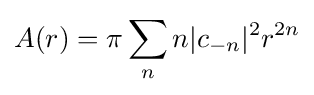
A(r)=\pi \sum _{n}n|c_{-n}|^{2}r^{2n}